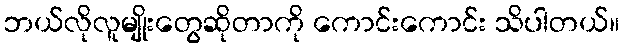
ဘယ်လိုလူမျိုးတွေဆိုတာကို ကောင်းကောင်း သိပါတယ်။